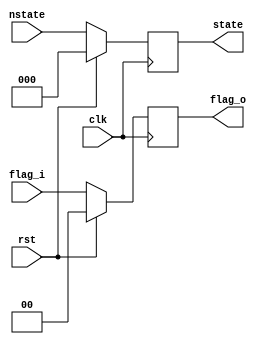
module registros_nucleo

(
    input            clk,
    input            rst,
    input      [2:0] nstate,
    input      [1:0] flag_i,
    output reg [2:0] state,
    output reg [1:0] flag_o          
);

always @(negedge clk)
    begin
        if(rst)
        state <= 0;
        else
        state <= nstate;
    end

always @(negedge clk)
    begin
        if(rst)
        flag_o <= 0;
        else
        flag_o <= flag_i;
    end
        
endmodule